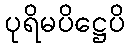
ပုရိမပိဋ္ဌေပိ